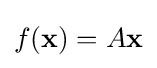
f(\mathbf {x} )=A\mathbf {x}